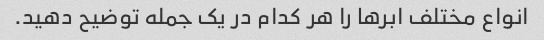
انواع مختلف ابرها را هر کدام در یک جمله توضیح دهید.